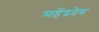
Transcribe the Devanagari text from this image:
महेंद्रदेव